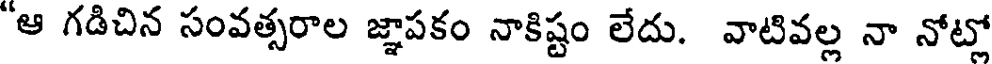
"ఆ గడిచిన సంవత్సరాల జ్ఞాపకం నాకిష్టం లేదు. వాటివల్ల నా నోట్లో